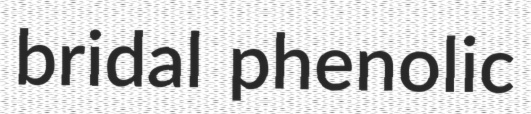
bridal phenolic